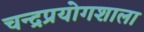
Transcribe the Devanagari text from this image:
चन्द्रप्रयोगशाला